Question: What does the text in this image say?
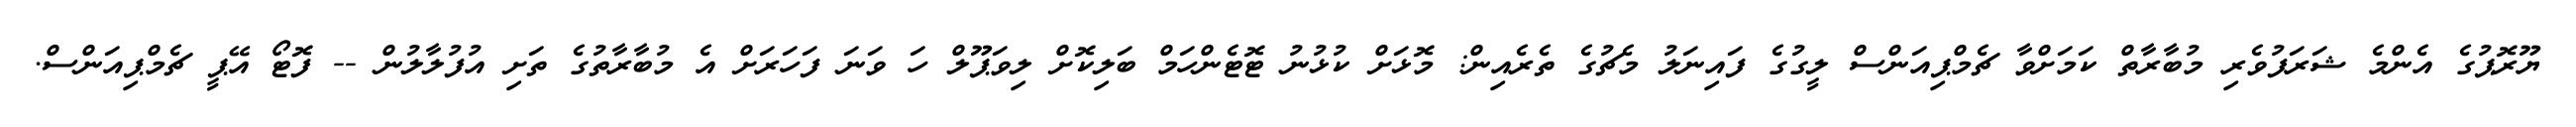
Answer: ޔޫރޮޕުގެ އެންމެ ޝަރަފުވެރި މުބާރާތް ކަމަށްވާ ޗެމްޕިއަންސް ލީގުގެ ފައިނަލު މެޗުގެ ތެރެއިން: މޮޅަށް ކުޅުނު ޓޮޓެންހަމް ބަލިކޮށް ލިވަޕޫލް ހަ ވަނަ ފަހަރަށް އެ މުބާރާތުގެ ތަށި އުފުލާލުން -- ފޮޓޯ އޭޕީ ޗެމްޕިއަންސް.